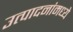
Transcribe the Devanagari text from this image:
उत्पादनांमध्‍ये